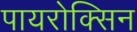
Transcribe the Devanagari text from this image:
पायरोक्सिन